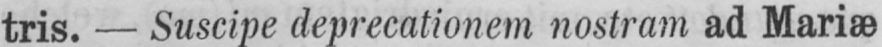
tris. - Suscipe deprecationem nostram ad Mariæ